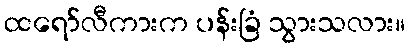
ထရော်လီကားက ပန်းခြံ သွားသလား။